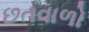
છતવાળો